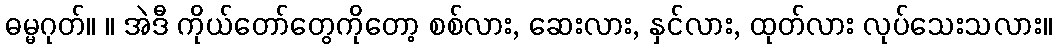
ဓမ္မဂုတ်။ ။ အဲဒီ ကိုယ်တော်တွေကိုတော့ စစ်လား, ဆေးလား, နှင်လား, ထုတ်လား လုပ်သေးသလား။